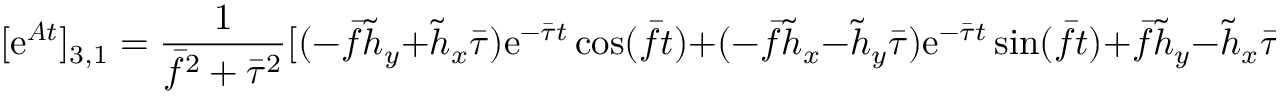
[ \mathrm { e } ^ { \boldsymbol { A } t } ] _ { 3 , 1 } = \frac { 1 } { \bar { f } ^ { 2 } + \bar { \tau } ^ { 2 } } [ ( - \bar { f } \tilde { h } _ { y } + \tilde { h } _ { x } \bar { \tau } ) \mathrm { e } ^ { - \bar { \tau } t } \cos ( \bar { f } t ) + ( - \bar { f } \tilde { h } _ { x } - \tilde { h } _ { y } \bar { \tau } ) \mathrm { e } ^ { - \bar { \tau } t } \sin ( \bar { f } t ) + \bar { f } \tilde { h } _ { y } - \tilde { h } _ { x } \bar { \tau } ] ,